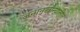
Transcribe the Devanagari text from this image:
जनानखान्यातील